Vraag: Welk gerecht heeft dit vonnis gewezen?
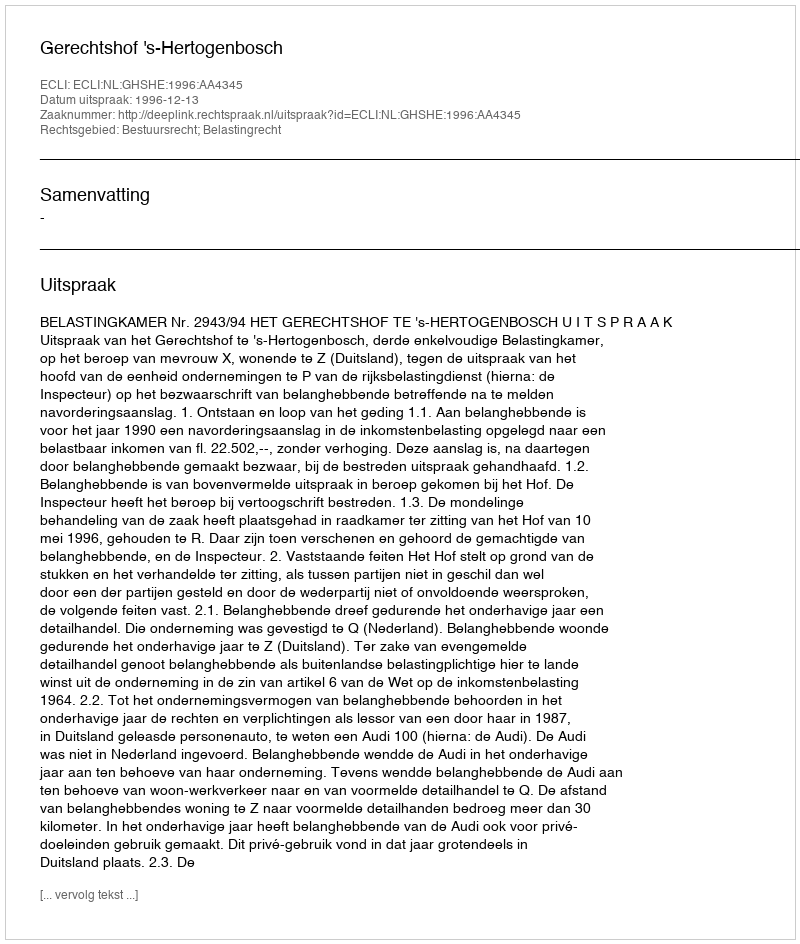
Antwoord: Gerechtshof 's-Hertogenbosch